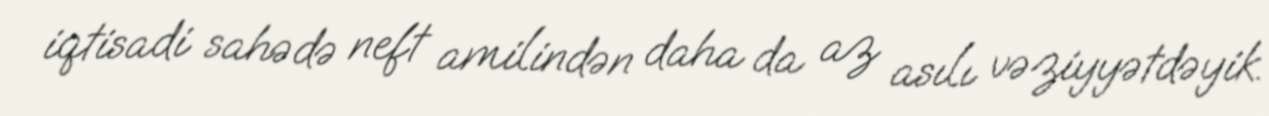
iqtisadi sahədə neft amilindən daha da az asılı vəziyyətdəyik.